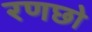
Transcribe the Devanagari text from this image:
रणछो